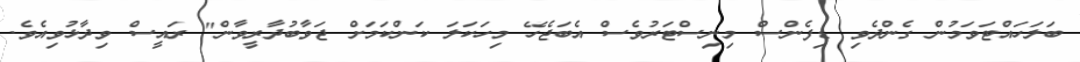
ބަލަހައްޓަވަމުން ގެންދެވި ޑިފެންސް މިނިސްޓަރުވެސް އެބަޖެހޭ މިހަކަލަ ކަންކަަމަށް ޖަވާބުދާރީވާން" ރައީސް ވިދާޅުވިއެވެ.